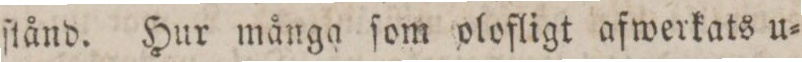
ſtånd. Hur många ſom olofligt afwerkats u=